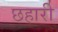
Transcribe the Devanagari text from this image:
छहारी